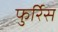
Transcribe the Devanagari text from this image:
फुर्रिेस